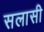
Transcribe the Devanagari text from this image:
सलासी